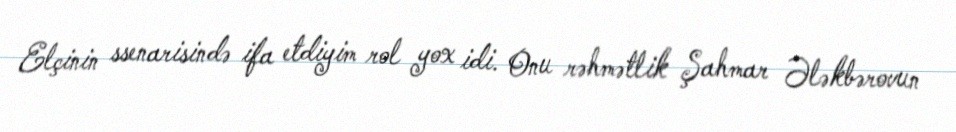
Elçinin ssenarisində ifa etdiyim rol yox idi. Onu rəhmətlik Şahmar Ələkbərovun